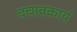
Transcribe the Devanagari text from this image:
बचावकार्य